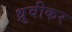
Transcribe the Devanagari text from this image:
ध्रुवीकर